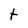
Character: t